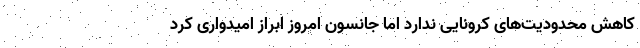
کاهش محدودیت‌های کرونایی ندارد اما جانسون امروز ابراز امیدواری کرد